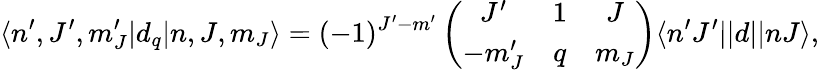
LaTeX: \langle n^{\prime},J^{\prime},m_{J}^{\prime}|d_{q}|n,J,m_{J}\rangle=(-1)^{J^{\prime}-m^{\prime}}\left(\begin{array}{ccc}{J^{\prime}}&{1}&{J}\\ {-m_{J}^{\prime}}&{q}&{m_{J}}\end{array}\right)\langle n^{\prime}J^{\prime}||d||nJ\rangle,